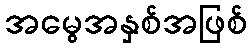
အမွေအနှစ်အဖြစ်